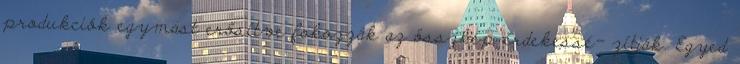
produkciók egymást erősítve fokozzák az összkép érdekessé- zítják. Egyed